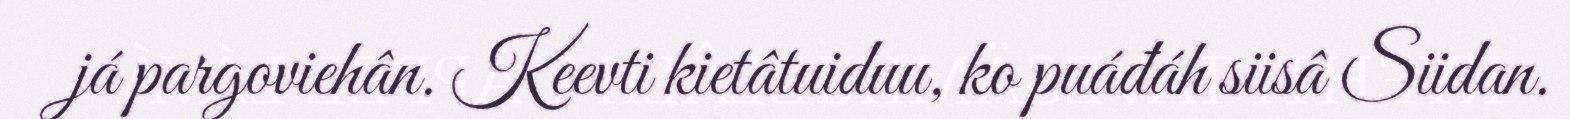
já pargoviehân. Keevti kietâtuiduu, ko puáđáh siisâ Siidan.